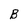
Character: B